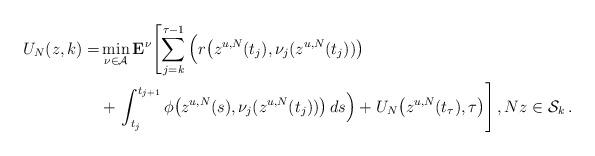
LaTeX: \begin{align*} U_N(z,k) = &\min_{\nu \in \mathcal{A}} \mathbf{E}^\nu\!\left[ \sum_{j=k}^{\tau-1} \Big(r\big(z^{u,N}(t_j), \nu_j(z^{u,N}(t_j))\big)\right. \\ &+ \left.\int_{t_{j}}^{t_{j+1}} \phi\big(z^{u,N}(s), \nu_j(z^{u,N}(t_j))\big)\, ds\Big) +U_N\big(z^{u,N}(t_\tau), \tau\big) \right],Nz \in \mathcal{S}_k\,.\end{align*}